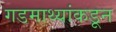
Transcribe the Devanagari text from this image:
गडमाथ्यांकडून